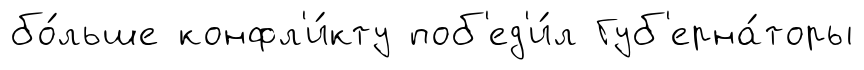
бо́льше конфл'и́кту поб'ед'и́л Губ'ерна́торы